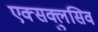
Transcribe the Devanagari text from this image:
एक्सक्लुसिव